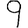
Digit: 9